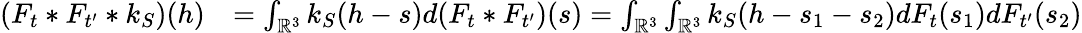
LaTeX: \begin{array}{rl}{(F_{t}*F_{t^{\prime}}*k_{S})(h)}&{=\int_{\mathbb{R}^{3}}k_{S}(h-s)d(F_{t}*F_{t^{\prime}})(s)=\int_{\mathbb{R}^{3}}\int_{\mathbb{R}^{3}}k_{S}(h-s_{1}-s_{2})dF_{t}(s_{1})dF_{t^{\prime}}(s_{2})}\end{array}